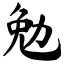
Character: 勉